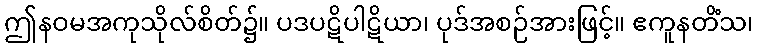
ဤနဝမအကုသိုလ်စိတ်၌။ ပဒပဋိပါဋိယာ၊ ပုဒ်အစဉ်အားဖြင့်။ ဧကူနတိံသ၊